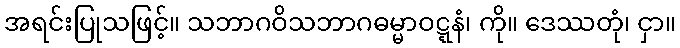
အရင်းပြုသဖြင့်။ သဘာဂဝိသဘာဂဓမ္မာဝဋ္ဋနံ၊ ကို။ ဒေဿတုံ၊ ငှာ။